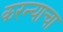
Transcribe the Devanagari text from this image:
करन्याचा